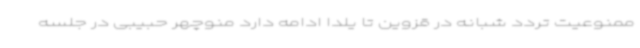
ممنوعیت تردد شبانه در قزوین تا یلدا ادامه دارد منوچهر حبیبی در جلسه